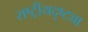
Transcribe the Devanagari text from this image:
राष्‍ट्रीयदृष्ट्या